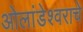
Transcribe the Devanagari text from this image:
ओलांडेश्वराचे